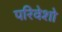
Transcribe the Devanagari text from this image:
परिवेशो